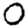
Digit: 0